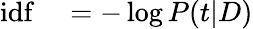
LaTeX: \begin{array}{rl}{\mathrm{idf}}&{{}=-\log P(t|D)}\end{array}